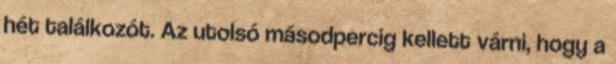
hét találkozót. Az utolsó másodpercig kellett várni, hogy a